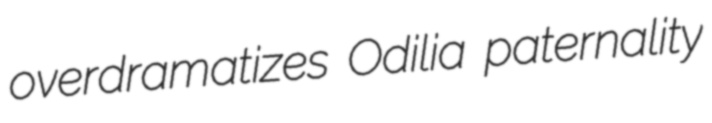
overdramatizes Odilia paternality